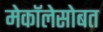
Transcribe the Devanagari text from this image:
मेकॉलेसोबत